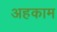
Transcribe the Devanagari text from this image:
अहकाम